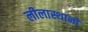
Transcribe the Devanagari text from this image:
लीलास्थानों